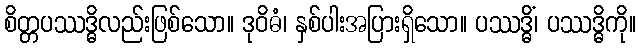
စိတ္တပဿဒ္ဓိလည်းဖြစ်သော။ ဒုဝိဓံ၊ နှစ်ပါးအပြားရှိသော။ ပဿဒ္ဓိံ၊ ပဿဒ္ဓိကို။